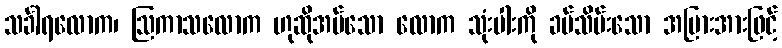
သင်္ခါရလောက၊ ဩကာသလောက ဟုဆိုအပ်သော လောက သုံးပါးကို ခပ်သိမ်းသော အပြားအားဖြင့်